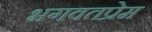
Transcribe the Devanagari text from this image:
भगवतप्रेम